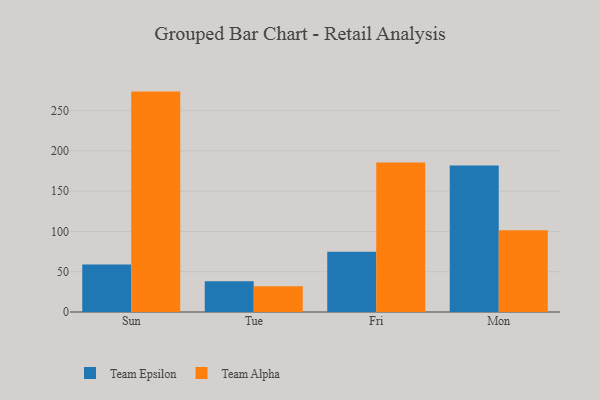
{"axis": {"x": "Day", "y": "Revenue (USD Million)"}, "legend": ["Team Alpha", "Team Epsilon"], "data": [{"x": "Sun", "y": 59.1, "type": "Team Epsilon"}, {"x": "Sun", "y": 273.6, "type": "Team Alpha"}, {"x": "Tue", "y": 38.1, "type": "Team Epsilon"}, {"x": "Tue", "y": 32.0, "type": "Team Alpha"}, {"x": "Fri", "y": 74.9, "type": "Team Epsilon"}, {"x": "Fri", "y": 185.7, "type": "Team Alpha"}, {"x": "Mon", "y": 182.0, "type": "Team Epsilon"}, {"x": "Mon", "y": 101.5, "type": "Team Alpha"}]}